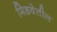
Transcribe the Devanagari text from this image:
मिडवेतील